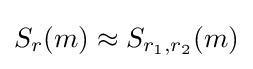
S_{r}(m)\approx S_{r_{1},r_{2}}(m)